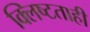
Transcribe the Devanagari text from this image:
क्लिष्टताही